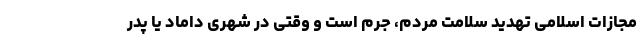
مجازات اسلامی تهدید سلامت مردم، جُرم است و وقتی در شهری داماد یا پدر